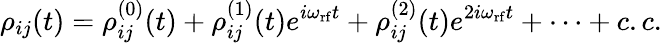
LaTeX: \rho_{ij}(t)=\rho_{ij}^{(0)}(t)+\rho_{ij}^{(1)}(t)e^{i\omega_{\mathrm{rf}}t}+\rho_{ij}^{(2)}(t)e^{2i\omega_{\mathrm{rf}}t}+\cdots+c.c.